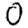
Digit: 0